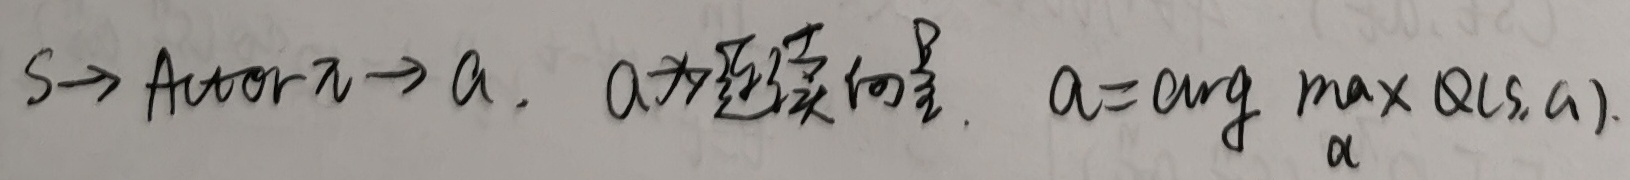
$S \to \text{Actor} \pi \to a$。$a$为连续向量。$a = \underset{a}{\arg\max} Q(s, a)$